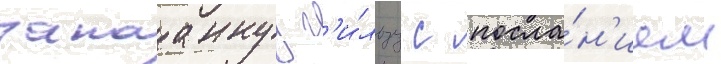
запааннуу г'и́льзу с посла́н'ием